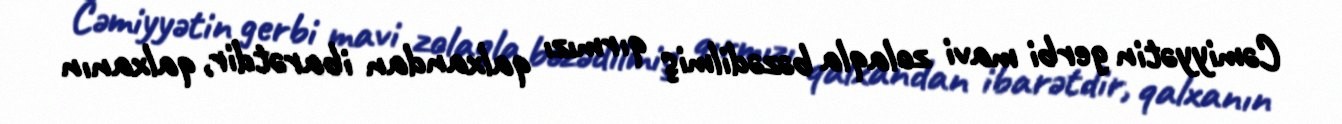
Cəmiyyətin gerbi mavi zolaqla bəzədilmiş qırmızı qalxandan ibarətdir, qalxanın